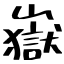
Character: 嶽